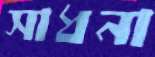
সাধনা